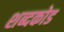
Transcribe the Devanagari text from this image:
शब्दकोड